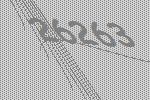
26263